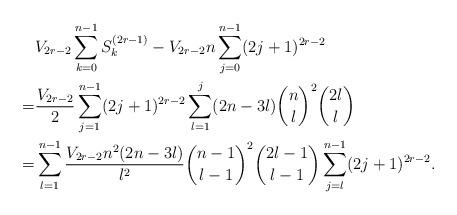
LaTeX: \begin{align*}&V_{2r-2}\sum_{k=0}^{n-1}S_k^{(2r-1)}-V_{2r-2}n\sum_{j=0}^{n-1}(2j+1)^{2r-2}\\=&\frac{V_{2r-2}}2\sum_{j=1}^{n-1}(2j+1)^{2r-2}\sum_{l=1}^j(2n-3l)\binom{n}l^2\binom{2l}l\\=&\sum_{l=1}^{n-1}\frac{V_{2r-2}n^2(2n-3l)}{l^2}\binom{n-1}{l-1}^2\binom{2l-1}{l-1}\sum_{j=l}^{n-1}(2j+1)^{2r-2}.\end{align*}